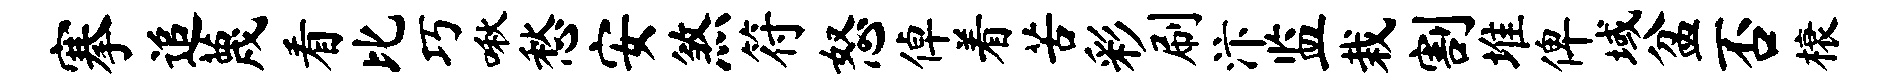
搴追蔑看比巧啾愁安煞符怒倬着苦彩刷汴监栽割堆俾域盆否榱